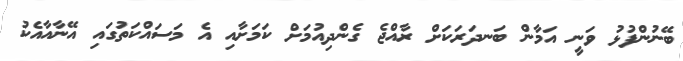
ބޭނުންފުޅު ވަނީ އަމާން ބަނދަރަކަށް ރާއްޖެ ގެންދިއުމަށް ކަމަށާއި އެ މަސައްކަތުގައި އޭނާއާއެކު